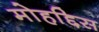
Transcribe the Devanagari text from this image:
मोहद्दिस